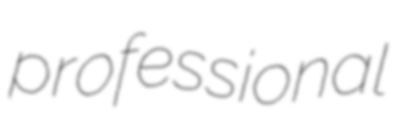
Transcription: professional